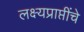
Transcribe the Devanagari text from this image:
लक्ष्यप्राप्तींचे